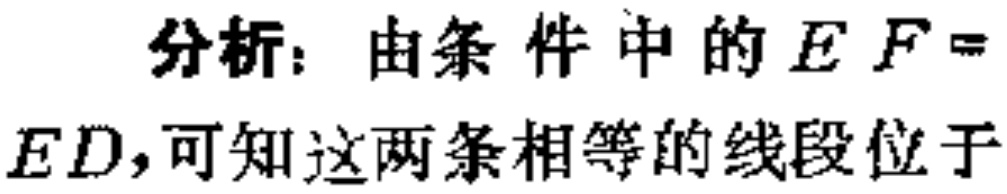
分析：由条件中的\(EF = ED\)，可知这两条相等的线段位于